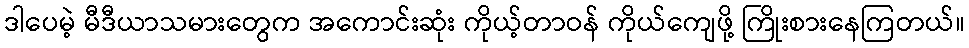
ဒါပေမဲ့ မီဒီယာသမားတွေက အကောင်းဆုံး ကိုယ့်တာဝန် ကိုယ်ကျေဖို့ ကြိုးစားနေကြတယ်။